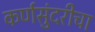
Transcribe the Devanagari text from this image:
कर्णसुंदरीचा